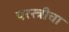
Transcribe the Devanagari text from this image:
परस्त्रीचा